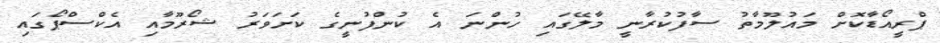
ޕްރީއޯޑާކޮށް މައުލޫމާތު ސާފުކުރާނީ މާލޭގައި ހުންނަ އެ ކުންފުނީގެ ކަށަވަރު ޝޯރޫމާއި އެކްސްޕޯގައި